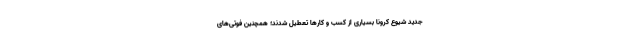
جدید شیوع کرونا بسیاری از کسب و کارها تعطیل شدند؛ همچنین فوتی‌های